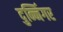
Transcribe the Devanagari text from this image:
दुन्निंगर